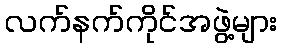
လက်နက်ကိုင်အဖွဲ့များ